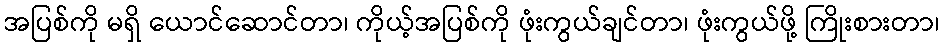
အပြစ်ကို မရှိ ယောင်ဆောင်တာ၊ ကိုယ့်အပြစ်ကို ဖုံးကွယ်ချင်တာ၊ ဖုံးကွယ်ဖို့ ကြိုးစားတာ၊